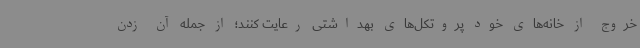
خروج از خانه‌های خود پروتکل‌های بهداشتی رعایت کنند؛ از جمله آن زدن